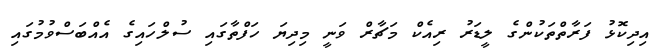
އިދިކޮޅު ފަރާތްތަކުންގެ ލީޑަރު ރިއެކް މަޗާރް ވަނީ މިދިޔަ ހަފްތާގައި ސުލްހައިގެ އެއްބަސްވުމުގައި